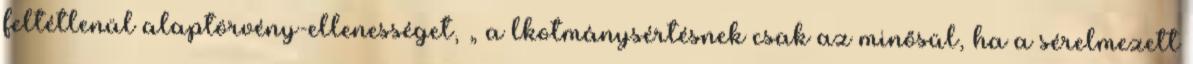
feltétlenül alaptörvény-ellenességet, „ a lkotmánysértésnek csak az minősül, ha a sérelmezett